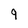
Character: 9